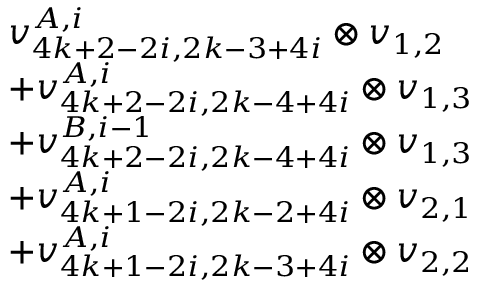
\begin{array} { r l } & { v _ { 4 k + 2 - 2 i , 2 k - 3 + 4 i } ^ { A , i } \otimes v _ { 1 , 2 } } \\ & { + v _ { 4 k + 2 - 2 i , 2 k - 4 + 4 i } ^ { A , i } \otimes v _ { 1 , 3 } } \\ & { + v _ { 4 k + 2 - 2 i , 2 k - 4 + 4 i } ^ { B , i - 1 } \otimes v _ { 1 , 3 } } \\ & { + v _ { 4 k + 1 - 2 i , 2 k - 2 + 4 i } ^ { A , i } \otimes v _ { 2 , 1 } } \\ & { + v _ { 4 k + 1 - 2 i , 2 k - 3 + 4 i } ^ { A , i } \otimes v _ { 2 , 2 } } \end{array}